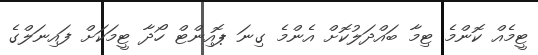
ޓީމެއް ކޮންމެ ޓިމާ ބައްދަލުކޮށް އެންމެ ގިނަ ޕޮއިންޓް ހޯދާ ޓީމަކަށް ފައިނަލްގެ